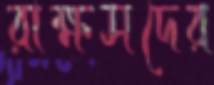
রাক্ষসদের